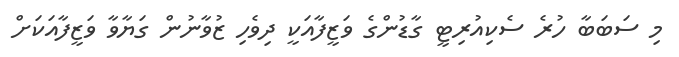
މި ސަބަބާ ހުރެ ސެކިއުރިޓީ ގާޑުންގެ ވަޒީފާއަކީ ދިވެހި ޒުވާނުން ގަޔާވާ ވަޒީފާއަކަށް